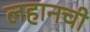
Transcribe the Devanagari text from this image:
लहानची